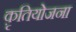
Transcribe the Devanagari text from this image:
क़ृतियोजना